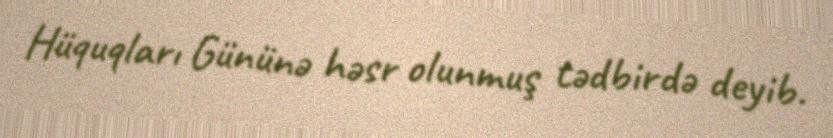
Hüquqları Gününə həsr olunmuş tədbirdə deyib.